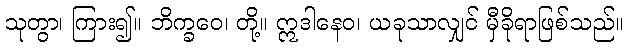
သုတွာ၊ ကြား၍။ ဘိက္ခဝေ၊ တို့။ ဣဒါနေဝ၊ ယခုသာလျှင် မှီခိုရာဖြစ်သည်။